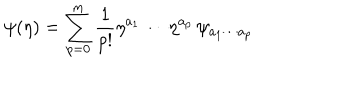
\psi ( \eta ) = \sum _ { p = 0 } ^ { m } \frac { 1 } { p ! } \eta ^ { a _ { 1 } } \cdots \eta ^ { a _ { p } } \, \psi _ { a _ { 1 } \cdots a _ { p } }